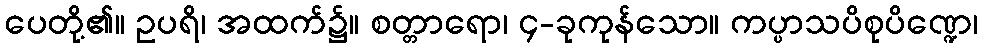
ပေတို့၏။ ဥပရိ၊ အထက်၌။ စတ္တာရော၊ ၄-ခုကုန်သော။ ကပ္ပာသပိစုပိဏ္ဍေ၊